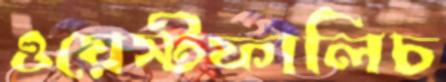
ওয়েস্টফালিচ